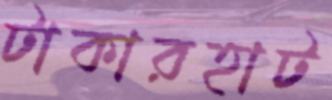
টাকারহাট